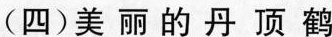
(四)美丽的丹顶鹤